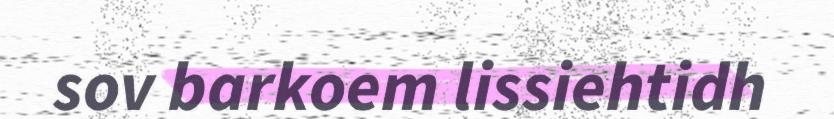
sov barkoem lissiehtidh